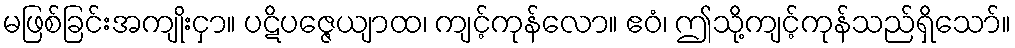
မဖြစ်ခြင်းအကျိုးငှာ။ ပဋိပဇ္ဇေယျာထ၊ ကျင့်ကုန်လော။ ဧဝံ၊ ဤသို့ကျင့်ကုန်သည်ရှိသော်။